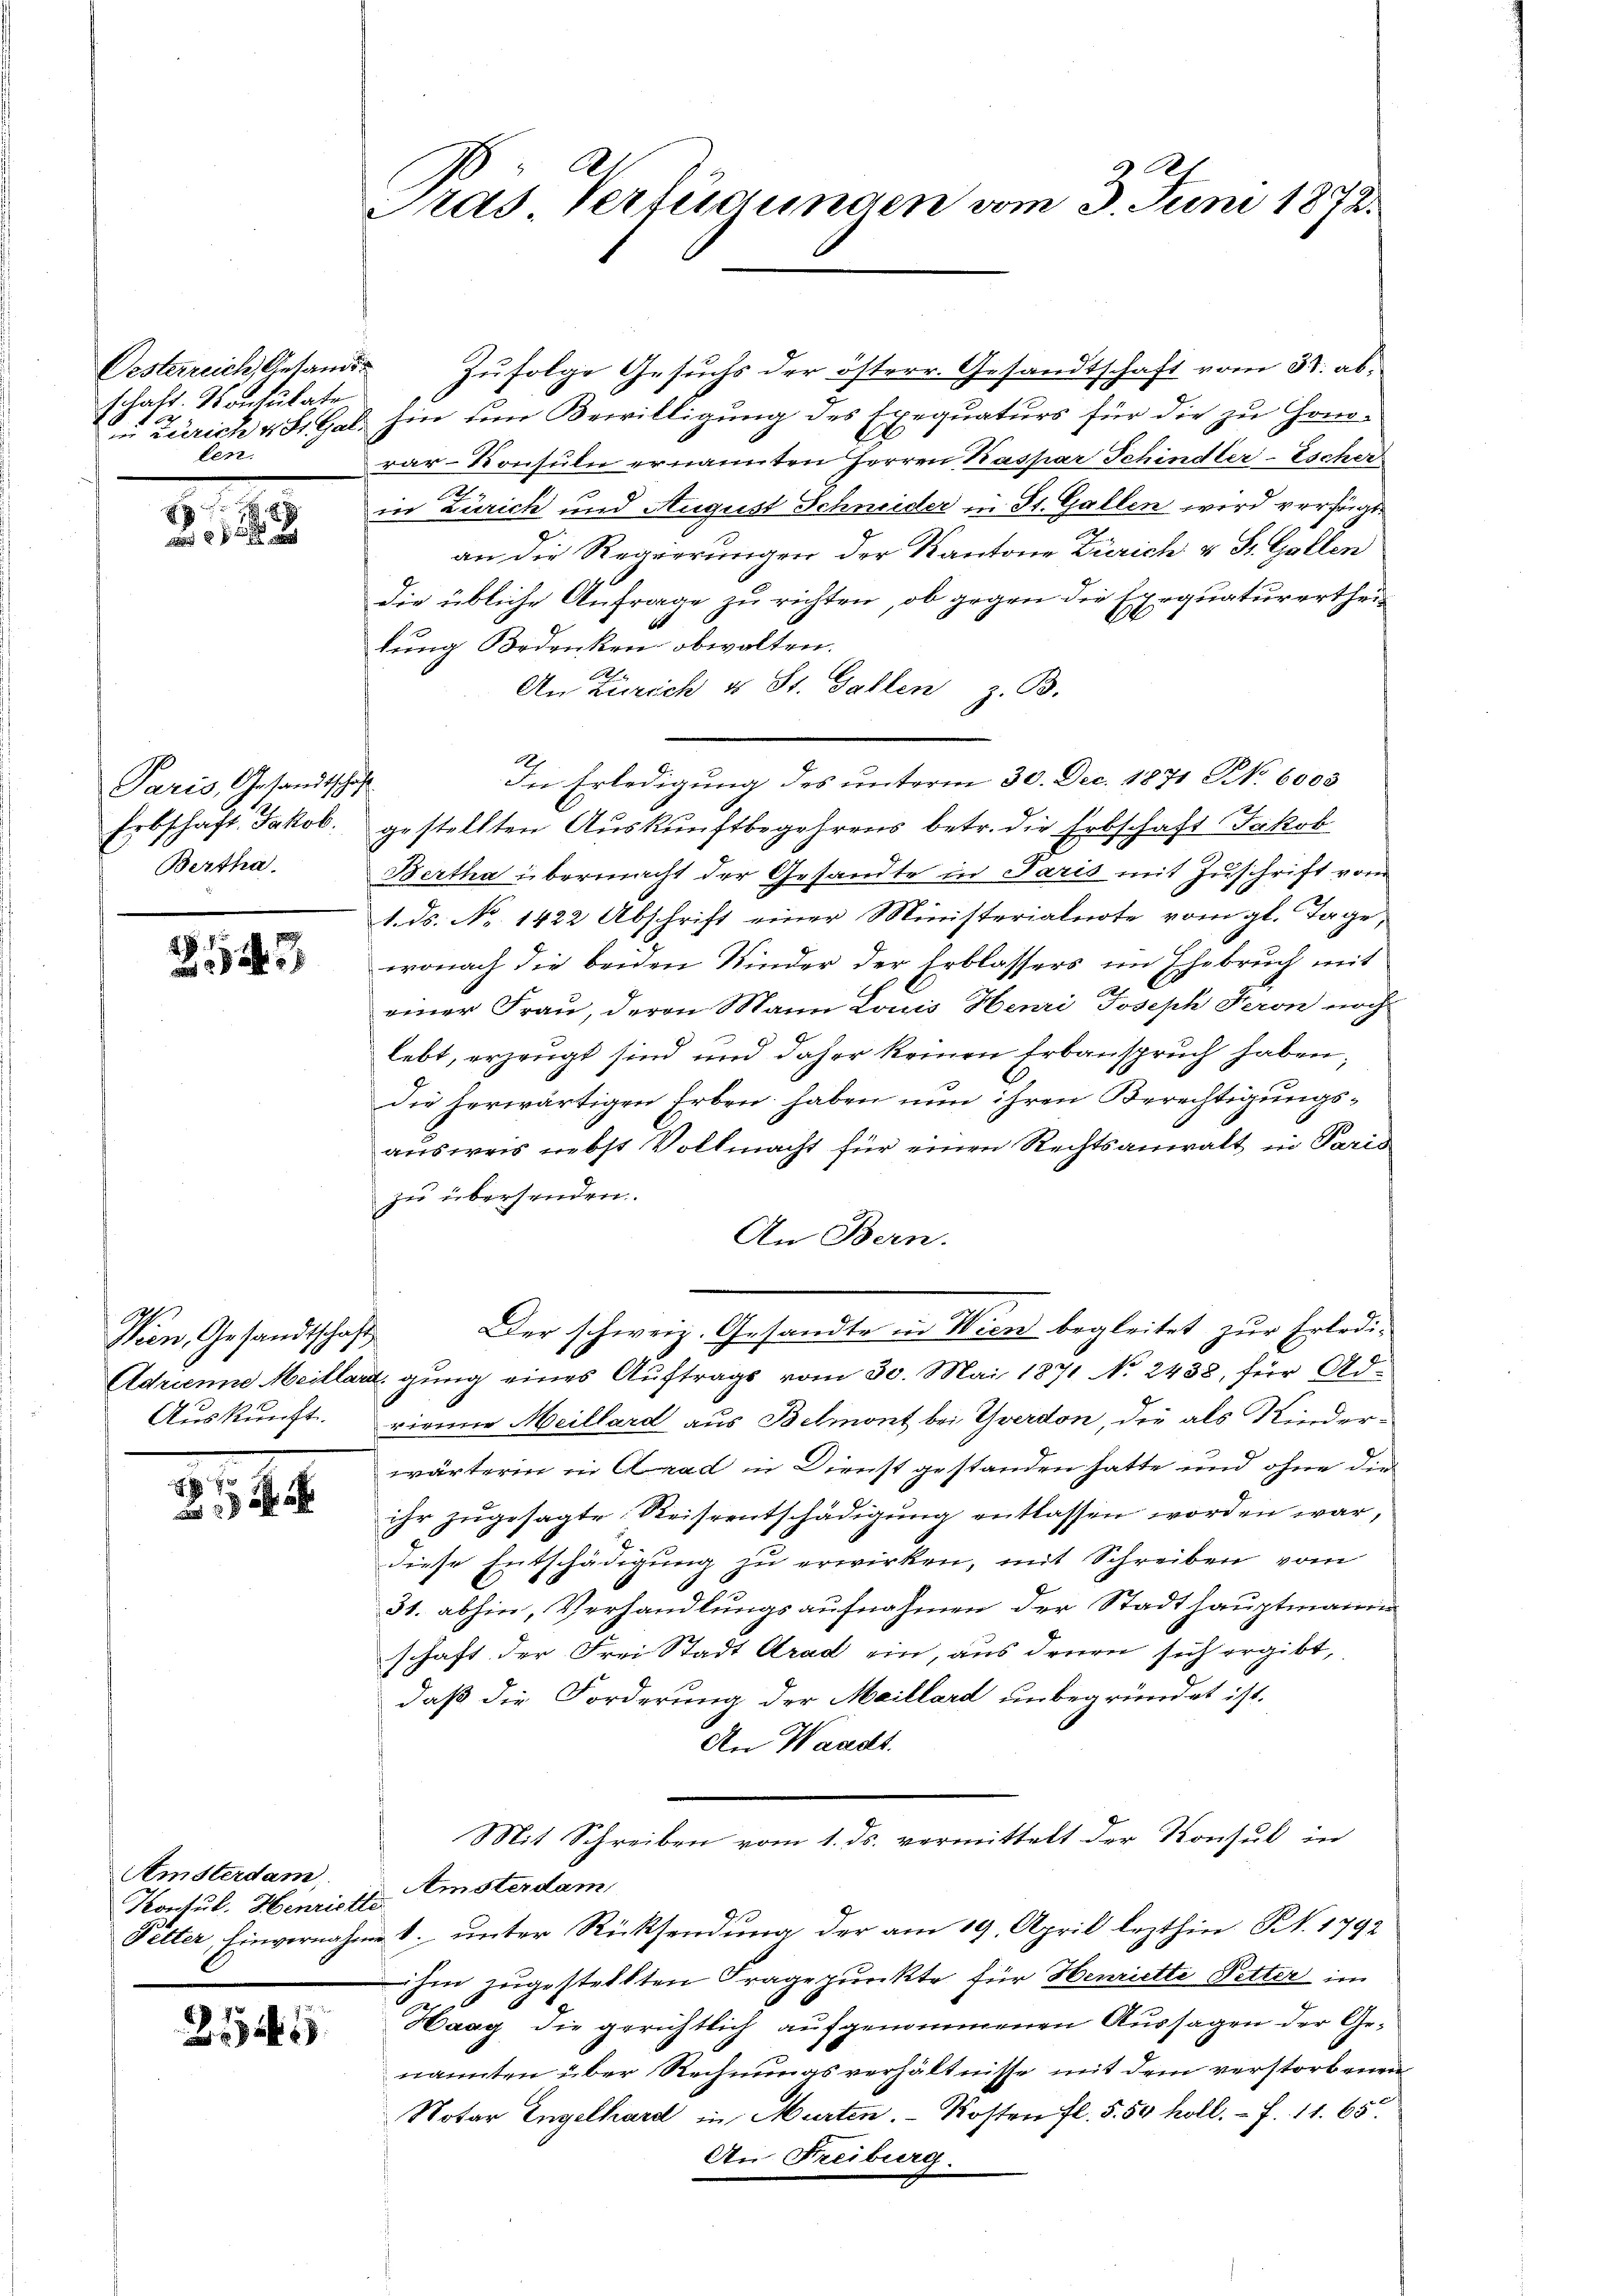
Oesterreich, Gesandt
Schaft. Montulate
12
1
in Zürich v. St. Gal-
len.

d. 8.
8 x

Paris, Gesandtschaft
Erbschaft. Jakob.
Bertha.

2

Wien, Gesandtschaft
Adrianne Meillar
Auskunft.

8

Amsterdam,
Konsul Henriette

21

Pras Verfügungen vom 3. Juni 1873.

Zufolge Gesuchs der österr. Gesandtschaft vom 31. abhin dem Bewilligung des Exequaturs für die zu Gono-
rar-Konsuln ernannten Herren Kaspar Schindler-Escher
.
in Zürich und August Schneider in St. Gallen wird verfügt.
v
an die Regierungen der Kantone Zürich u St. Gallen
die übliche Anfrage zu richten, ob gegen die Exequaturertheilung Bedenken obwalten.
Rh.
An Zürich u St. Gallen z. B.
In Erledigung des unterm 30. Dec. 1871 Nr. 6003
gestellten Auskunftbegehrens betr. die Erbschaft Jakob
Bertha übermacht der Gesandte in Paris mit Zuschrift vom
1. ds. No 1422 Abschrift einer Ministerialnote vom gl. Tage,
wonach die beiden Kinder der Erblassers im Ehebruch mit
.
einer Frau, deren Mann Louis Henri Joseph Feron noch
lebt, erzeugt sind und daher keinen Erbanspruch haben,
die herwärtigen Erben haben nun ihren Berechtigungsausweis nebst Vollmacht für einen Rechtsanwalt in Paris
zu übersenden.
An Bern.
Der schweiz. Gesandte in Wien begleitet zur Erlediugung eines Auftrags vom 30. Mai 1871 No 2438, für Adrirner Meillard aus Belmont bei Yverdon, die als Kinderwärterin in Arad in Dienst gestanden hatte und ohne die
ihr zugesagte Reiseentschädigung entlassen worden war,
diese Entschädigŭng zu erwirken, mit Schreiben vom
31. abhin, Verhandlungsaufnahmen der Stadthauptmann
schaft der Frei Stadt Grad ein, aus denen sich ergibt,
daß die Forderung der Meillard unbegründet ist.
An Waadt.
Mit Schreiben vom 1. ds. vermittelt der Konsul in
Amsterdam
Petter, Einvernahme 1. unter Rücksendung der am 19. April lezthin. F. 1792
ihm zugestellten Fragepunkte für Henriette Detter im
Haag die gerichtlich aufgenommenen Aussagen der Genannten über Rechnungsverhältnisse mit dem verstorbenen
Notar Engelhard in Murten. Kosten fl. 5. 50 koll. – 7. 11. 65.
An Freiburg.